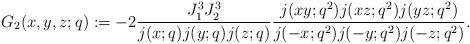
LaTeX: \begin{align*}G_2(x,y,z;q):= -2 \frac{J_1^3J_2^3}{j(x;q)j(y;q)j(z;q)} \frac{j(xy;q^2)j(xz;q^2)j(yz;q^2)}{j(-x;q^2)j(-y;q^2)j(-z;q^2)}.\end{align*}